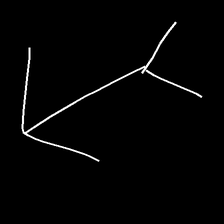
Glyph: gather